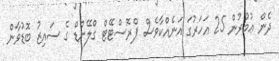
ދެން ޢުމުރުން 25 އަހަރުގަ އަނެއްކާވެސް ޕްރޮސްޓޭޓް ގްލޭންޑް ގެ ސައިޒު ބޮޑުވާން